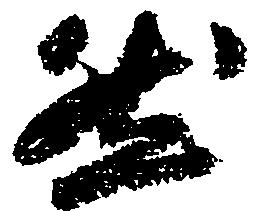
然